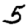
Digit: 5